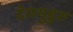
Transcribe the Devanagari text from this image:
देसमुडुरु